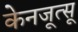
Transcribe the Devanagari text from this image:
केनजूत्सू